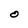
Character: O